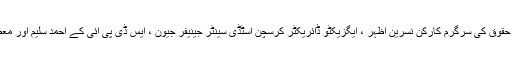
اس موقع پر رپورٹ کے مصنف امجد نذیر سمیت انسانی حقوق کی سرگرم کارکن نسرین اظہر ، ایگزیکٹو ڈائریکٹر کرسچن اسٹڈی سینٹر جینیفر جیون ، ایس ڈی پی آئی کے احمد سلیم اور معظم شریف بھٹی نے بھی اپنے اپنے خیالات کا اظہار کیا ۔